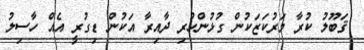
ޤަބޫލު ކުރާ މަރުކަޒަކުން ގުޅުންހުރި ދާއިރާ އަކުން ޑިގުރީ އެއް ހާސިލު